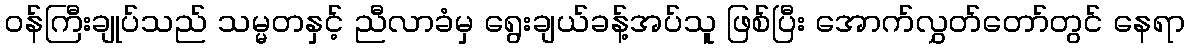
ဝန်ကြီးချုပ်သည် သမ္မတနှင့် ညီလာခံမှ ရွေးချယ်ခန့်အပ်သူ ဖြစ်ပြီး အောက်လွှတ်တော်တွင် နေရာ